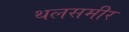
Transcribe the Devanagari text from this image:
थलसमीर